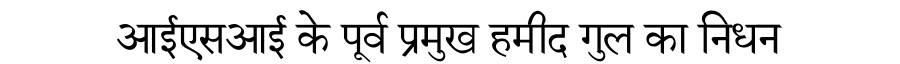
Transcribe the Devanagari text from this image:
आईएसआई के पूर्व प्रमुख हमीद गुल का निधन